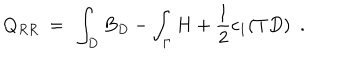
Q _ { R R } \ = \ \int _ { D } B _ { D } - \int _ { \Gamma } H + \frac { 1 } { 2 } c _ { 1 } ( T D ) \ \ .